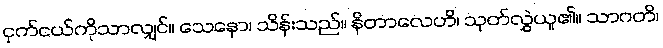
ငှက်ငယ်ကိုသာလျှင်။ သေနော၊ သိန်းသည်။ နိတာလေဟိ၊ သုတ်လွှဲယူ၏။ သာဂတိ၊